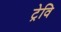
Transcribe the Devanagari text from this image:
ट्रेवि